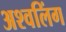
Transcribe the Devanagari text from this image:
अश्वलिंग